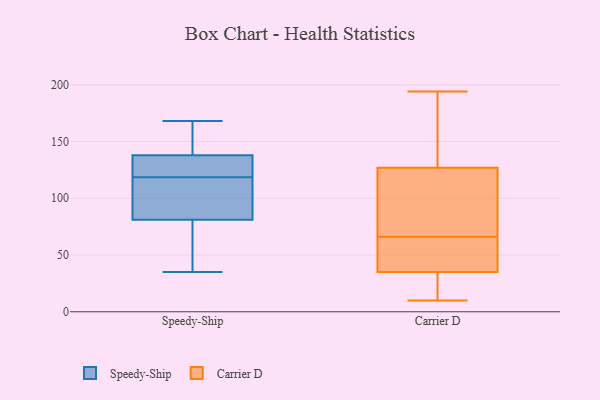
{"axis": {"x": "LTV (USD)", "y": "Value"}, "legend": ["Carrier D", "Speedy-Ship"], "data": [{"x": "", "y": 74, "type": "Speedy-Ship"}, {"x": "", "y": 134, "type": "Speedy-Ship"}, {"x": "", "y": 67, "type": "Speedy-Ship"}, {"x": "", "y": 156, "type": "Speedy-Ship"}, {"x": "", "y": 98, "type": "Speedy-Ship"}, {"x": "", "y": 142, "type": "Speedy-Ship"}, {"x": "", "y": 124, "type": "Speedy-Ship"}, {"x": "", "y": 120, "type": "Speedy-Ship"}, {"x": "", "y": 88, "type": "Speedy-Ship"}, {"x": "", "y": 35, "type": "Speedy-Ship"}, {"x": "", "y": 117, "type": "Speedy-Ship"}, {"x": "", "y": 168, "type": "Speedy-Ship"}, {"x": "", "y": 10, "type": "Carrier D"}, {"x": "", "y": 127, "type": "Carrier D"}, {"x": "", "y": 73, "type": "Carrier D"}, {"x": "", "y": 35, "type": "Carrier D"}, {"x": "", "y": 194, "type": "Carrier D"}, {"x": "", "y": 190, "type": "Carrier D"}, {"x": "", "y": 66, "type": "Carrier D"}, {"x": "", "y": 19, "type": "Carrier D"}, {"x": "", "y": 68, "type": "Carrier D"}, {"x": "", "y": 66, "type": "Carrier D"}, {"x": "", "y": 46, "type": "Carrier D"}, {"x": "", "y": 23, "type": "Carrier D"}, {"x": "", "y": 143, "type": "Carrier D"}, {"x": "", "y": 36, "type": "Carrier D"}, {"x": "", "y": 53, "type": "Carrier D"}, {"x": "", "y": 28, "type": "Carrier D"}, {"x": "", "y": 176, "type": "Carrier D"}, {"x": "", "y": 76, "type": "Carrier D"}]}